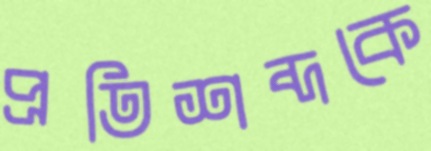
প্রতিশব্দকে